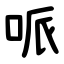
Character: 哌